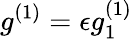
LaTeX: g^{(1)}=\epsilon g_{1}^{(1)}